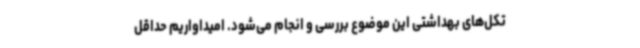
تکل‌های بهداشتی این موضوع بررسی و انجام می‌شود. امیداواریم حداقل